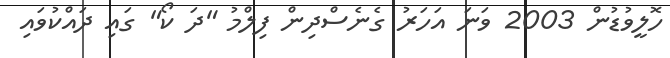
ހޮލީވުޑުން 2003 ވަނަ އަހަރު ގެނެސްދިން ފިލްމު "ދަ ކޯ" ގައި ދައްކުވައި